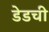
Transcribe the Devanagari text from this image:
डेडची